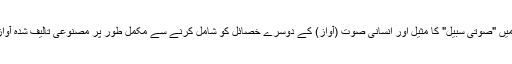
دوسری طرف، تالیف گر میں "صوتی سبیل" کا مثیل اور انسانی صوت (آواز) کے دوسرے خصائل کو شامل کرنے سے مکمل طور پر مصنوعی تالیف شدہ آواز اخراج کی جا سکتی ہے۔